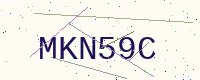
Text: MKN59C